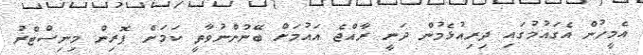
އެމީހުން އެގައުމުގައި ދިރިއުޅެމުން ދަނީ ރާއްޖެ އައުމަށް ބޭނުންނުވާތީ ކަމަށް ފޮރިން މިނިސްޓްރު